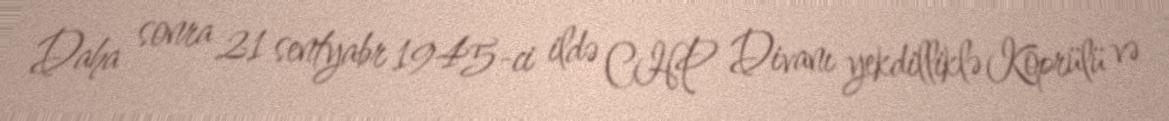
Daha sonra 21 sentyabr 1945-ci ildə CHP Divanı yekdilliklə Köprülü və